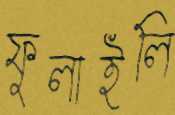
ফুলাইলি